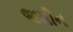
જમીન